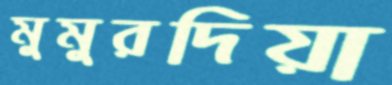
মুমুরদিয়া